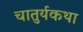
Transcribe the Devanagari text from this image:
चातुर्यकथा